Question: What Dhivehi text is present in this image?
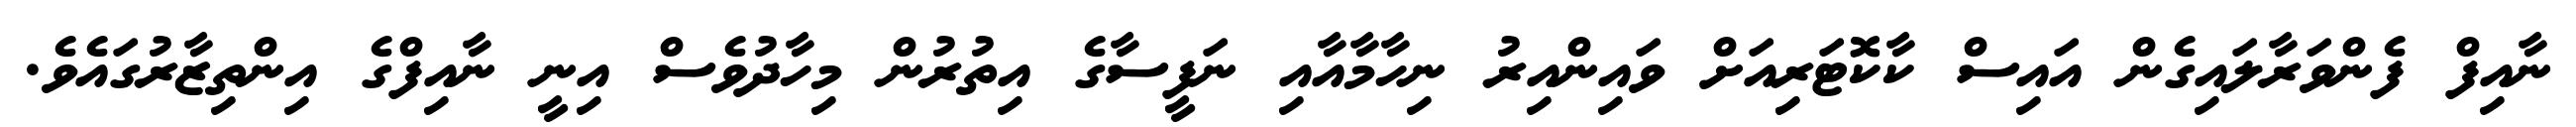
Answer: ނާއިފް ފެންވަރާލައިގެން އައިސް ކާކޮޓަރިއަށް ވައިންއިރު ނިހާމާއާއި ނަފީސާގެ އިތުރުން މިހާދުވެސް އިނީ ނާއިފްގެ އިންތިޒާރުގައެވެ.